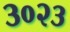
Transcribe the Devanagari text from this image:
३०२३